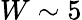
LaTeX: W\sim 5